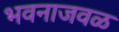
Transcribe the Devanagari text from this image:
भवनाजवळ